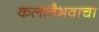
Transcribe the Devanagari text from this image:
कलावैभवाचा